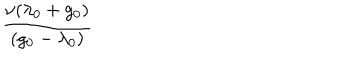
LaTeX: \frac { \nu ( \lambda _ { 0 } + g _ { 0 } ) } { ( g _ { 0 } - \lambda _ { 0 } ) }